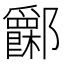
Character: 𨟧